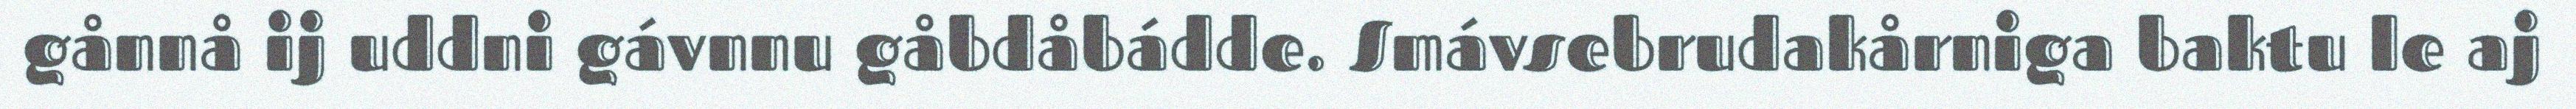
gånnå ij uddni gávnnu gåbdåbádde. Smávsebrudakårniga baktu le aj